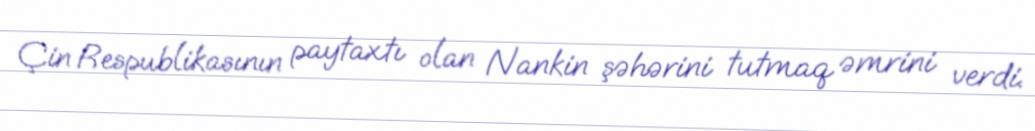
Çin Respublikasının paytaxtı olan Nankin şəhərini tutmaq əmrini verdi.